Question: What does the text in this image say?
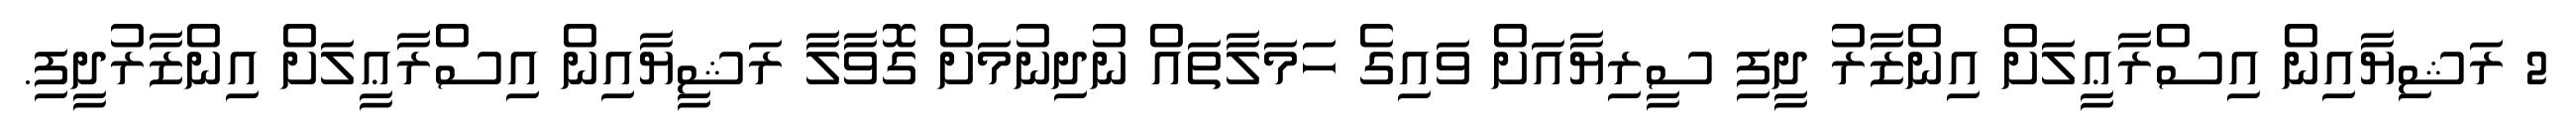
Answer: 2 ރަޝިޔާއިން އިސްރާޢީލަށް އިންޒާރު ދީފި ސީރިޔާއަށް ވައިގެ ހަމަލާތައް ނުދިނުމަށް ގޮވާލާ ރަޝީޔާއިން އިސްރާޢީލަށް އިންޒާރުދީފި.